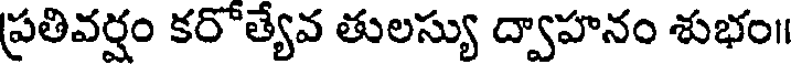
ప్రతివర్షం కరోత్యేవ తులస్యు ద్వాహనం శుభం॥